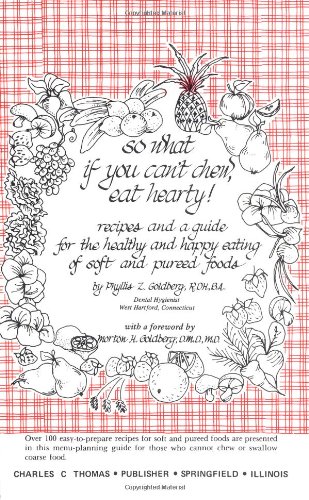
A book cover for So What If You Can't Chew, Eat Hearty!: Recipes and a Guide for the Healthy and Happy Eating of Soft and Pureed Foods; Phyllis Z. Goldberg; Medical Books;